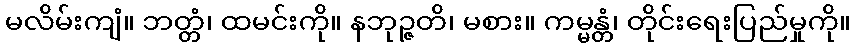
မလိမ်းကျံ။ ဘတ္တံ၊ ထမင်းကို။ နဘုဉ္ဇတိ၊ မစား။ ကမ္မန္တံ၊ တိုင်းရေးပြည်မှုကို။